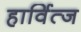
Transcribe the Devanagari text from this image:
हार्वित्ज